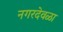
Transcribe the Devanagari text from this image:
नगरदेवळा